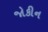
જોકીન